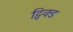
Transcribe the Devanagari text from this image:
ट्विक्ड